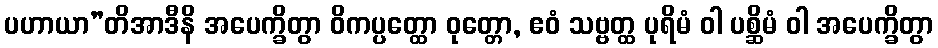
ပဟာယာ”တိအာဒီနိ အပေက္ခိတွာ ဝိကပ္ပတ္ထော ဝုတ္တော, ဧဝံ သဗ္ဗတ္ထ ပုရိမံ ဝါ ပစ္ဆိမံ ဝါ အပေက္ခိတွာ